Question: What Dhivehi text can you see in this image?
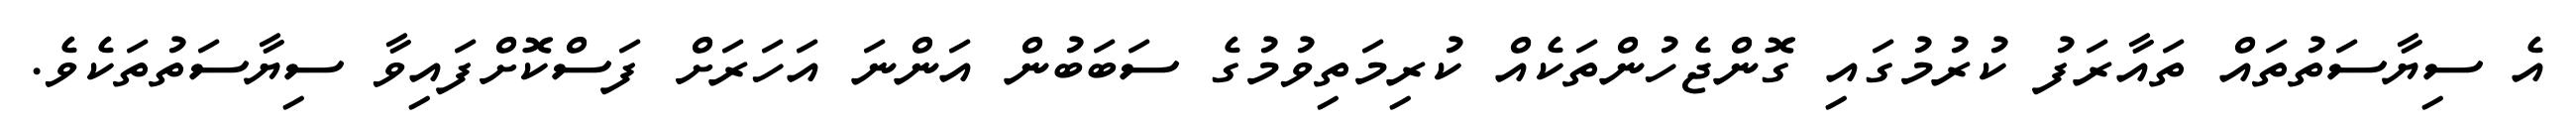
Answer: އެ ސިޔާސަތުތައް ތައާރަފު ކުރުމުގައި ގޮންޖެހުންތަކެއް ކުރިމަތިވުމުގެ ސަބަބުން އަންނަ އަހަރަށް ފަސްކޮށްފައިވާ ސިޔާސަތުތަކެވެ.